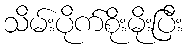
သိမ်းပိုက်စိုးမိုးပြီး